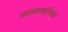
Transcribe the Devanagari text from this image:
असमस्थानिक